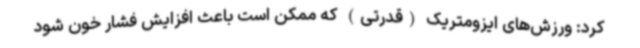
کرد: ورزش‌های ایزومتریک (قدرتی) که ممکن است باعث افزایش فشار خون شود